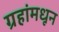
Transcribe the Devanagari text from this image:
ग्रहांमधून